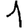
Digit: 1